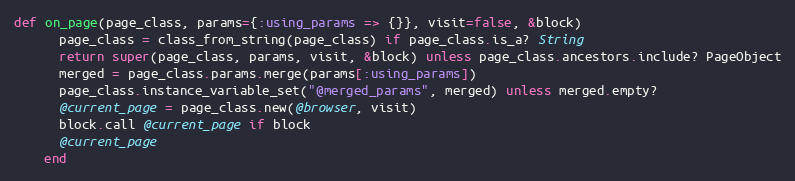
Language: Ruby
def on_page(page_class, params={:using_params => {}}, visit=false, &block)
      page_class = class_from_string(page_class) if page_class.is_a? String
      return super(page_class, params, visit, &block) unless page_class.ancestors.include? PageObject
      merged = page_class.params.merge(params[:using_params])
      page_class.instance_variable_set("@merged_params", merged) unless merged.empty?
      @current_page = page_class.new(@browser, visit)
      block.call @current_page if block
      @current_page
    end